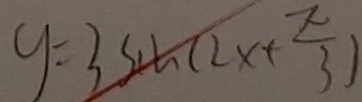
y = 3 \sin ( 2 x + \frac { \pi } { 3 } )